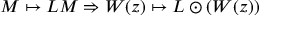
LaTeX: M \mapsto L M \Rightarrow W ( z ) \mapsto L \odot ( W ( z ) )